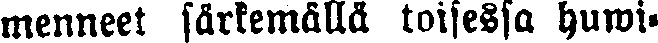
menneet särkemällä toisessa huwi-